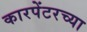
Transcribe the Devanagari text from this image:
कारपेंटरच्या